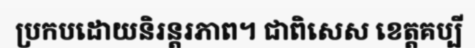
ប្រកបដោយនិរន្តរភាព។ ជាពិសេស ខេត្តគប្បី